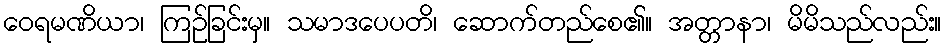
ဝေရမဏိယာ၊ ကြဉ်ခြင်းမှ။ သမာဒပေပတိ၊ ဆောက်တည်စေ၏။ အတ္တာနာ၊ မိမိသည်လည်း။